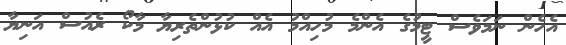
އެހެން ނަމަވެސް ޓީމުގެ އެންމެ މުހިއްމު އެއް ކުޅުންތެރިޔާ މާކޯ ރެއުސް އަނިޔާ